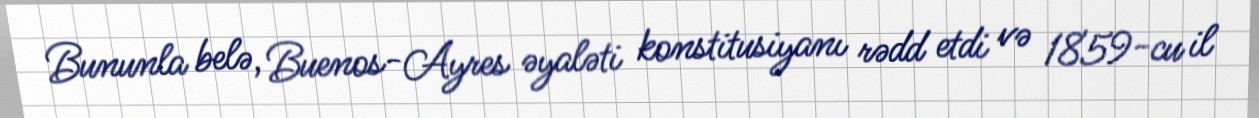
Bununla belə, Buenos-Ayres əyaləti konstitusiyanı rədd etdi və 1859-cu il